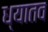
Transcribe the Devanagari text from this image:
ध्यातव